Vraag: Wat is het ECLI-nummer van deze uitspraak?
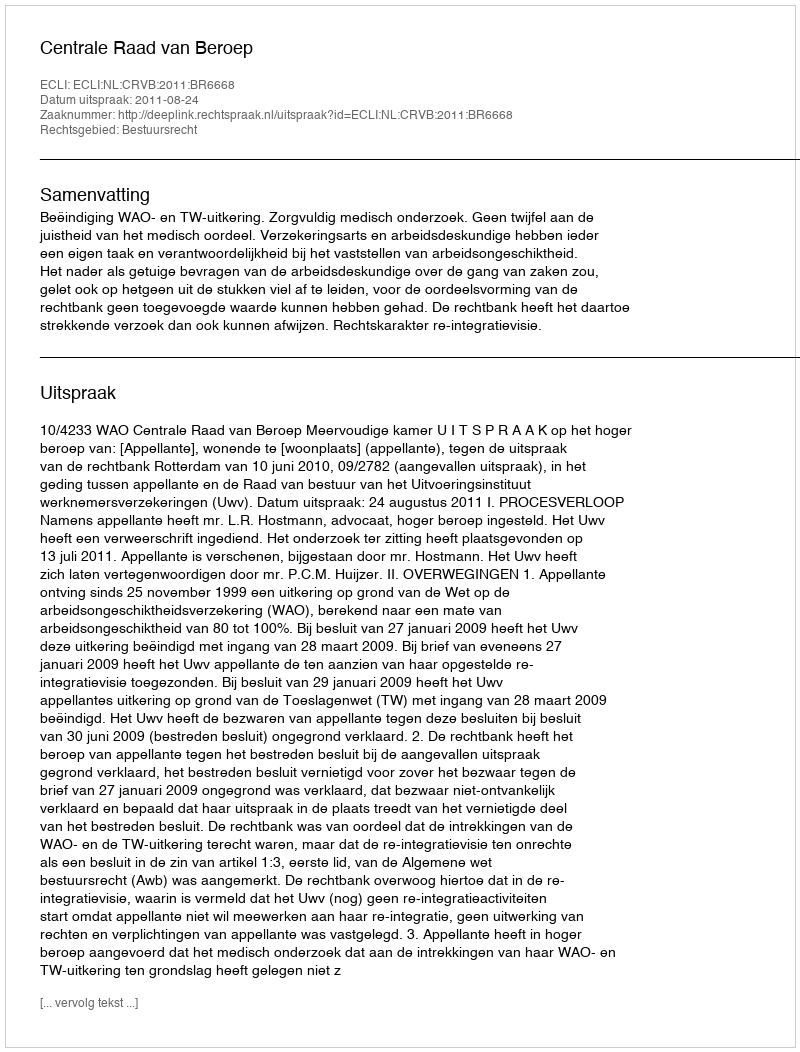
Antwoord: ECLI:NL:CRVB:2011:BR6668